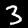
Label: 3